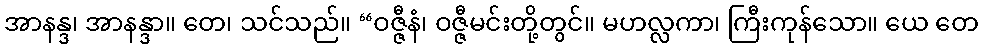
အာနန္ဒ၊ အာနန္ဒာ။ တေ၊ သင်သည်။ “ဝဇ္ဇီနံ၊ ဝဇ္ဇီမင်းတို့တွင်။ မဟလ္လကာ၊ ကြီးကုန်သော။ ယေ တေ